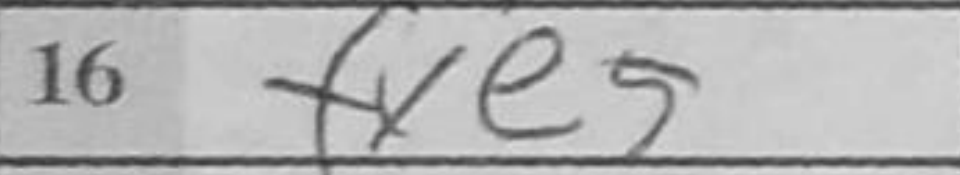
Transcription: fxe5